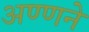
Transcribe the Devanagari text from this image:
अण्णने